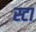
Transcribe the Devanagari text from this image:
स्टा